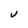
Character: V